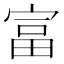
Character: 富